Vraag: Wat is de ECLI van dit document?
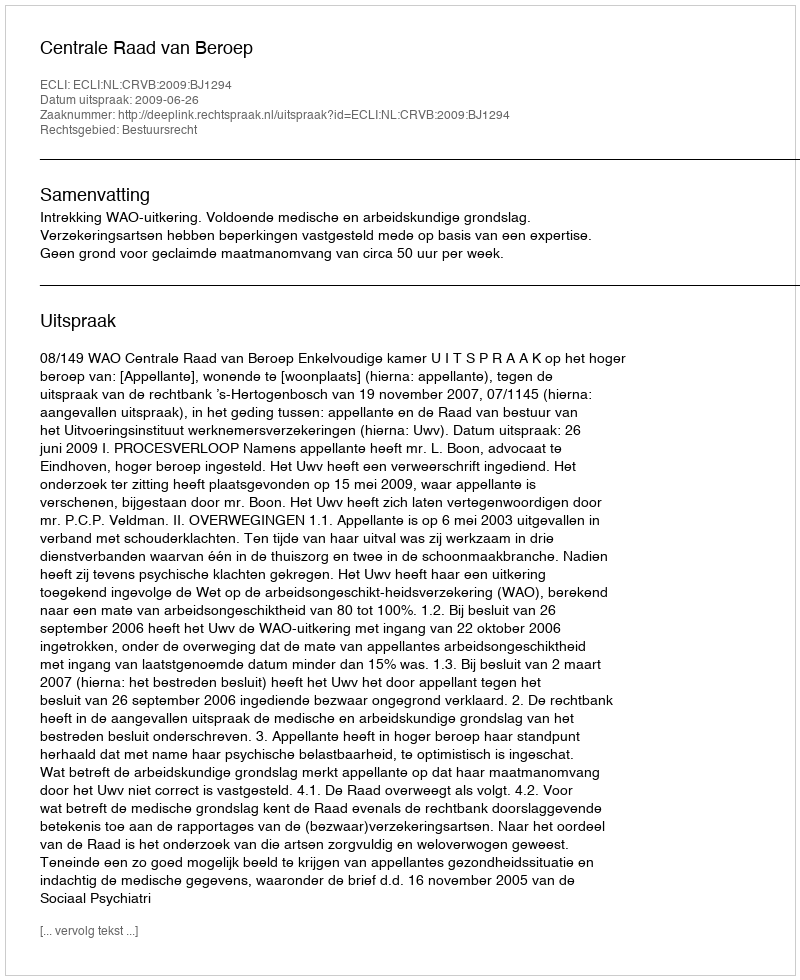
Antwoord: ECLI:NL:CRVB:2009:BJ1294